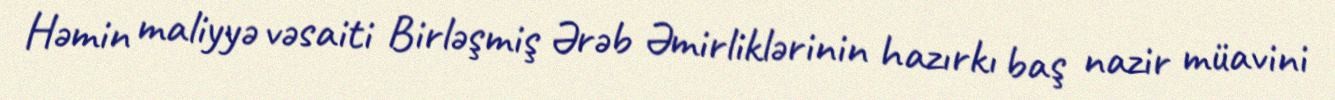
Həmin maliyyə vəsaiti Birləşmiş Ərəb Əmirliklərinin hazırkı baş nazir müavini